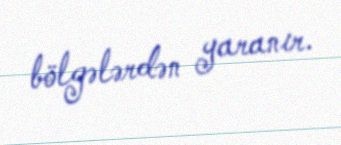
bölgələrdən yaranır.